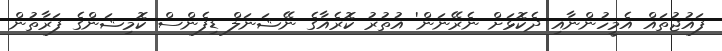
ފައުޖުތައް އެމީހުންނާއި ދެކޮޅަށް ނެރޭނަން' އުތުރު ކޮރެއާގެ ނޭޝަނަލް ޑިފެންސް ކޮމިޝަންގެ ފަރާތުން